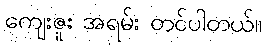
ကျေးဇူး အရမ်း တင်ပါတယ်။